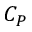
C _ { P }